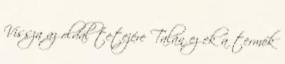
Vissza az oldal tetejére Talán ez ek a termék